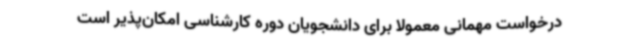
درخواست مهمانی معمولاً برای دانشجویان دوره کارشناسی امکان‌پذیر است